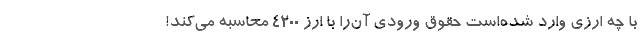
با چه ارزی وارد شده‌است حقوق ورودی آن‌را با ارز ۴۲۰۰ محاسبه می‌کند!